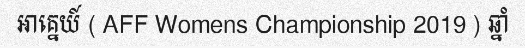
អាគ្នេយ៍ ( AFF Womens Championship 2019 ) ឆ្នាំ